Report on the lunatic asylums under the Government of Bombay - 1904-1913
Year: 1904
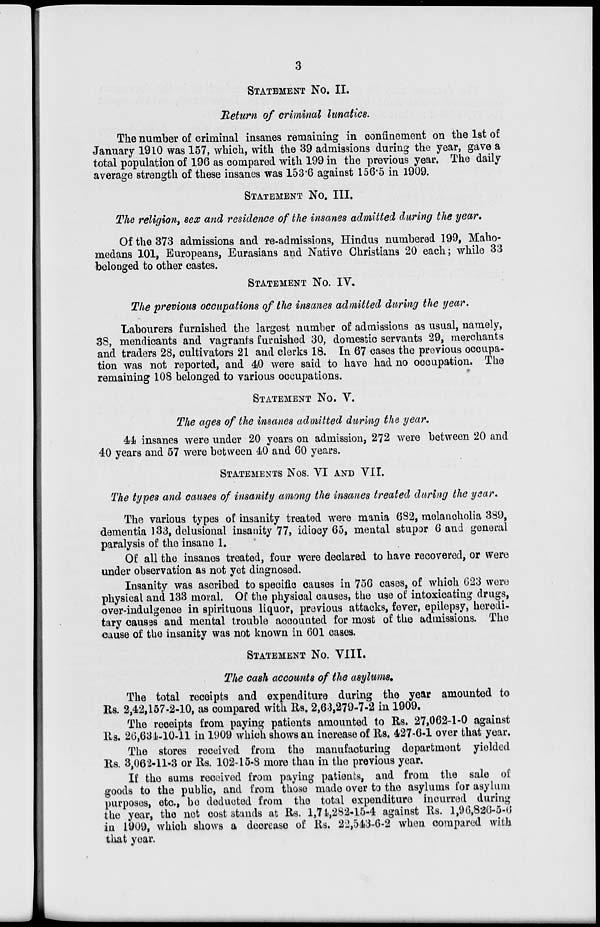
3
STATEMENT NO. II.
Return of criminal lunatics.
The number of criminal insanes remaining in confinement on the 1st of
January 1910 was 157, which, with the 39 admissions during the year, gave a
total population of 196 as compared with 199 in the previous year. The daily
average strength of these insanes was 153.6 against 156.5 in 1909.
STATEMENT NO. III.
The religion, sex and residence of the insanes admitted during the year.
Of the 373 admissions and re-admissions, Hindus numbered 199, Maho-
medans 101, Europeans, Eurasians and Native Christians 20 each; while 33
belonged to other castes.
STATEMENT NO. IV.
The previous occupations of the insanes admitted during the year.
Labourers furnished the largest number of admissions as usual, namely,
38, mendicants and vagrants furnished 30, domestic servants 29, merchants
and traders 28, cultivators 21 and clerks 18. In 67 cases the previous occupa-
tion was not reported, and 40 were said to have had no occupation. The
remaining 108 belonged to various occupations.
STATEMENT NO. V.
The ages of the insanes admitted during the year.
44 insanes were under 20 years on admission, 272 were between 20 and
40 years and 57 were between 40 and 60 years.
STATEMENT Nos. VI AND VII.
The types and causes of insanity among the insanes treated during the year.
The various types of insanity treated were mania 682, melancholia 389,
dementia 133, delusional insanity 77, idiocy 65, mental stupor 6 and general
paralysis of the insane 1.
Of all the insanes treated, four were declared to have recovered, or were
under observation as not yet diagnosed.
Insanity was ascribed to specific causes in 756 cases, of which 623 were
physical and 133 moral. Of the physical causes, the use of intoxicating drugs,
over-indulgence in spirituous liquor, previous attacks, fever, epilepsy, heredi-
tary causes and mental trouble accounted for most of the admissions. The
cause of the insanity was not known in 601 cases.
STATEMENT No. VIII.
The cash accounts of the asylums.
The total receipts and expenditure during the year amounted to
Rs. 2,42,157-2-10, as compared with Rs. 2,63,279-7-2 in 1909.
The receipts from paying patients amounted to Rs. 27,062-1-0 against
Rs. 26,634-10-11 in 1909 which shows an increase of Rs. 427-6-1 over that year.
The stores received from the manufacturing department yielded
Rs. 3,062-11-3 or Rs. 102-15-8 more than in the previous year.
If the sums received from paying patients, and from the sale of
goods to the public, and from those made over to the asylums for asylum
purposes, etc., be deducted from the total expenditure incurred during
the year, the net cost stands at Rs. 1,74,282-15-4 against Rs. 1,96,826-5-6
in 1909, which shows a decrease of Rs. 22,543-6-2 when compared with
that year.